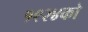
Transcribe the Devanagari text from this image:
१९२४को